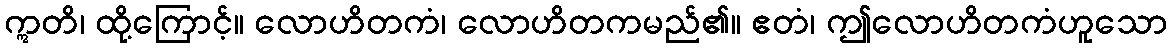
ဣတိ၊ ထို့ကြောင့်။ လောဟိတကံ၊ လောဟိတကမည်၏။ ဧတံ၊ ဤလောဟိတကံဟူသော